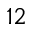
1 2